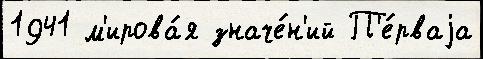
1941 м'ирова́я значе́н'ий П'е́рваjа